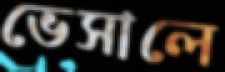
ভেসালে